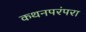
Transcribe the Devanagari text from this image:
कथनपरंपरा